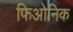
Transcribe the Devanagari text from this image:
फिओनिक